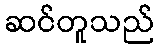
ဆင်တူသည်